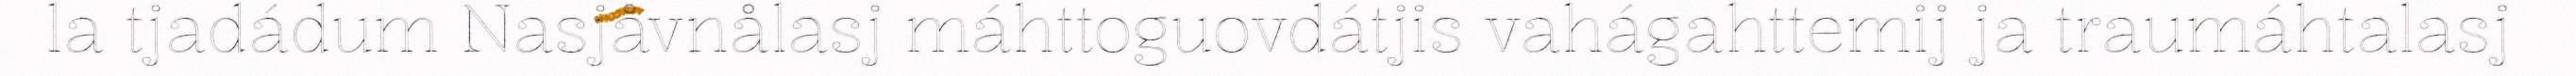
la tjadádum Nasjåvnålasj máhttoguovdátjis vahágahttemij ja traumáhtalasj